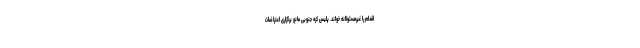
اقدام را غیرمسئولانه خواند. پلیس کره جنوبی مانع برگزاری اعتراضات